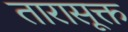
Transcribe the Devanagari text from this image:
तारासूक्त